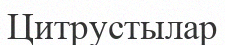
Цитрустылар